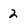
Character: 2